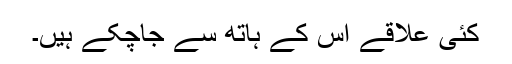
کئی علاقے اس کے ہاتھ سے جاچکے ہیں۔